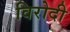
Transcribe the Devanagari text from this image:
विरोदी